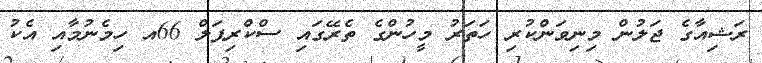
ރަޝިއާގެ ޖަލުން މިނިވަންކުރި ހަތަރު މީހުންގެ ތެރޭގައި ސްކްރިޕަލް 66އ ހިމެނުމާއި އެކު